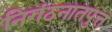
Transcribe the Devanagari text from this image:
निगंठनातपुत्त